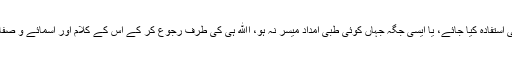
٭ ’’اب اگر دوا اور علاج کرنے کے ساتھ اﷲ کے کلام اور اس کے اسمائے حُسنٰی سے بھی استفادہ کیا جائے، یا ایسی جگہ جہاں کوئی طبی امداد میسر نہ ہو، اﷲ ہی کی طرف رجوع کر کے اس کے کلام اور اسمائے و صفات سے استعانت کی جائے تو مادہ پرستوں کے سوا کسی کی عقل کے بھی خلاف نہیں ہے۔